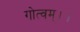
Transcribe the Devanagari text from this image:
गोत्वम्।।